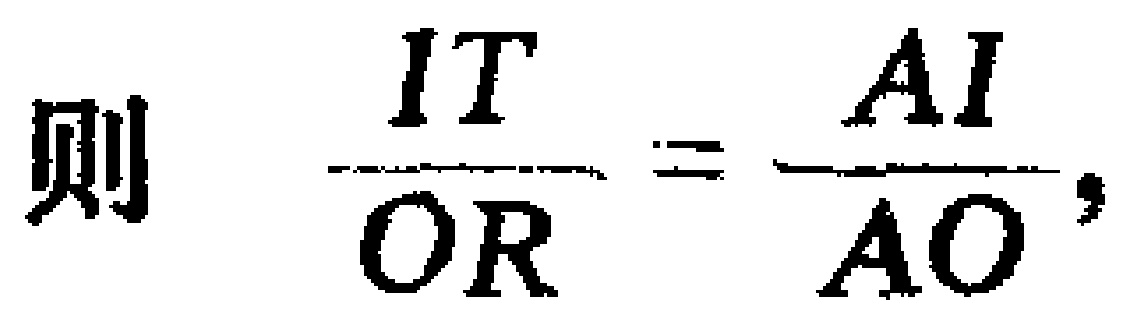
则 $\dfrac{IT}{OR}=\dfrac{AI}{AO},$